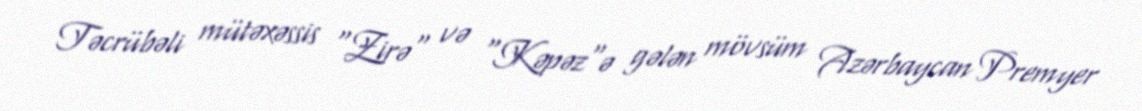
Təcrübəli mütəxəssis "Zirə" və "Kəpəz"ə gələn mövsüm Azərbaycan Premyer